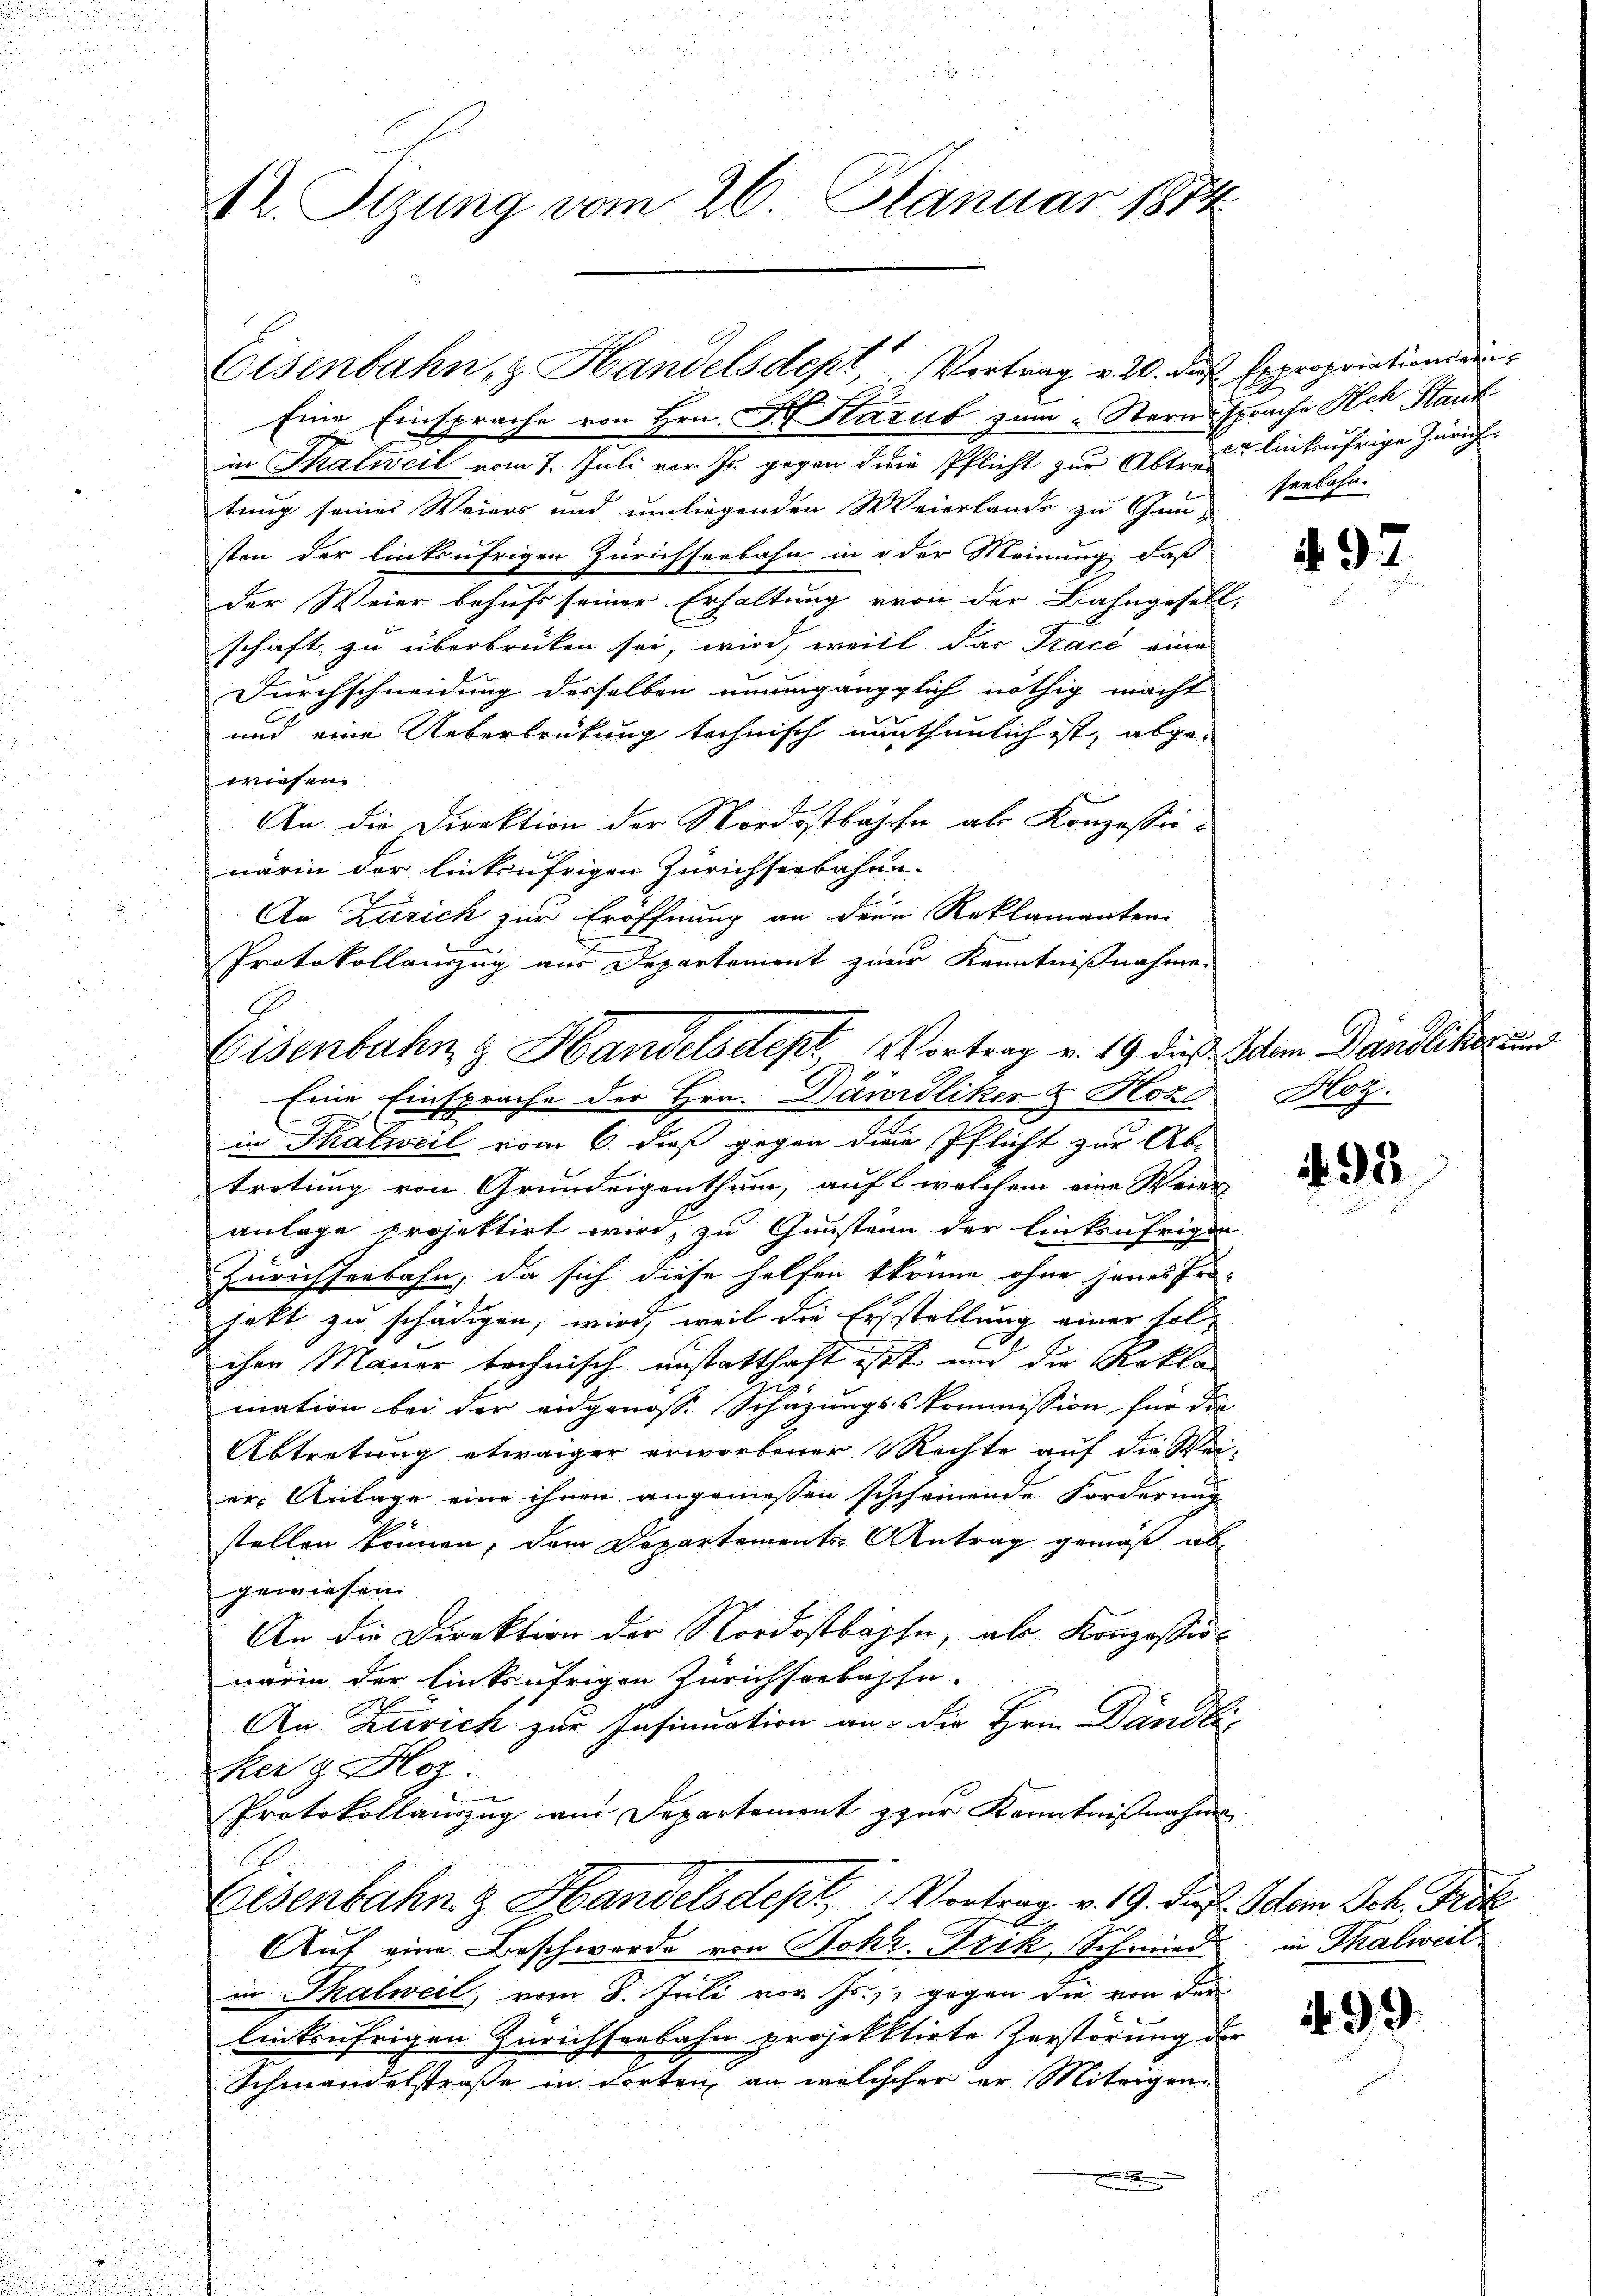
4l. Stzung vom 26. Januar 1874

Eine Einsprache von Hrn. F. Harub zum Stern sprache Ach Staub
in Thalweil vom 7. Juli vor zu gegen die Pflicht zur Abtrage linkufrige Zürichtung seiner Weiers und umliegenden Weierlande zu Gauverlohn.
sten der linksufrigen Zürichseebahn in der Meinung, daß
der Weier behufs seiner Erhaltung von der Bahngesell-
schaft zu überbrüken sei, wird, weill das Trace eine
Durchschneidung derselben unumgängglich nöthig macht
und eine Uebertretung technisch nunthunlich ist, abgewiesen.
An die Direktion der Nordostbahn als Konzessionärin der linkufrigen Zürichserbahn-
An Zürich zur Eröffnung an dene Reklamanten-
Protokollauszug aus Departement zur Kenntnißnahmen
in Thalweil vom 6. dieß gegen dem Pflicht zur Ab-
tretung von Grundeigenthum, auf welchem eine Weier
anlage projektirt wird, zu Gunstein der linkenfrigen
Zürichseebahn, da sich diese helfen könne ohne jenes Er-
hatt zu schädigen, wird, weil die Erstellung einer solihre Mauer technisch anstatthaft ist und die Rekla
mation bei der eidgenosse Schazungsskommission für die
Abtretung etwaiger erworbener Rechte auf die Weier Anlage eine ihnen angenießen schcheinende Forderung
stellen können, dem Departements-Antrag gemäß ab
gewiesen.
An die Direktion der Nordostbahn, als Konzessionarin der linksufrigen Zürichseebahn.
An Zürich zur Insinuation an: die Hrn. Dändli-
Kerg Hoz.
Protokollauszug aus Departement zur Kenntnißnahmen
Eisenbahn & Handelsdept, Vortrag v. 19. Jan. Odem Joh. Fick
Aŭf eine Beschworde von Bohr. Frik Schmied in Thalweil
in Thalweil vom 8. Juli vor Js. gegen die von der
linksufrigen Zürichserbahn projektirte Zerstörung der
Schmandelstraße in dorten an welcher er Miteigen-
e

Eisenbahn, & Handelsdept, Vortrag v. 20. das Expropriationsan¬

Eisenbahn & Handelsdept Vortrag v. 19. dieß. Schem Dändliker zu
Eine Einsprache der Hrn. Dändliker & Hoz

N. 97

Hoz.

493

99